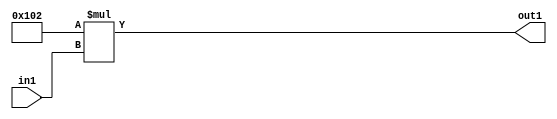
`timescale 1ps / 1ps
/*****************************************************************************
    Verilog RTL Description
    
    
    Created by: Stratus DpOpt 2019.1.01 
*******************************************************************************/

module DC_Filter_Mul_12U_79_4 (
	in1,
	out1
	); /* architecture "behavioural" */ 
input [2:0] in1;
output [11:0] out1;
wire [11:0] asc001;

assign asc001 = 
	+(12'B000100000010 * in1);

assign out1 = asc001;
endmodule

/* CADENCE  urn0SA4= : u9/ySgnWtBlWxVPRXgAZ4Og= ** DO NOT EDIT THIS LINE ******/